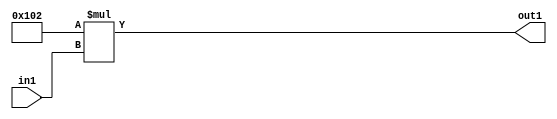
`timescale 1ps / 1ps
/*****************************************************************************
    Verilog RTL Description
    
    
    Created by: Stratus DpOpt 2019.1.01 
*******************************************************************************/

module DC_Filter_Mul_12U_79_4 (
	in1,
	out1
	); /* architecture "behavioural" */ 
input [2:0] in1;
output [11:0] out1;
wire [11:0] asc001;

assign asc001 = 
	+(12'B000100000010 * in1);

assign out1 = asc001;
endmodule

/* CADENCE  urn0SA4= : u9/ySgnWtBlWxVPRXgAZ4Og= ** DO NOT EDIT THIS LINE ******/